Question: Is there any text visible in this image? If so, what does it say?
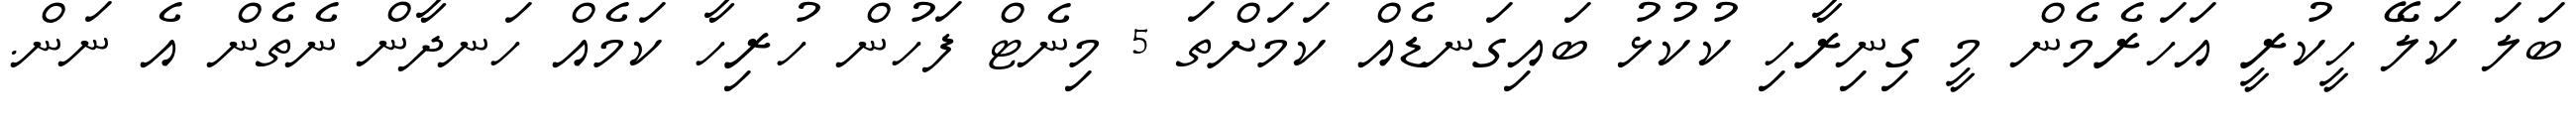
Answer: ބަލަ ކަލޭ ހީކުރީ އަހަރެމެން މީ ގިނިރާހި ކުކުޅު ބައިގަނޑެއް ކަމަށްތަ 5 މިނެޓް ފަހުން ހުރިހާ ކަމެއް ހަނދާން ނެތެން އެ ނަން.